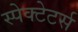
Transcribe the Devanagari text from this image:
स्पेक्टेटर्स